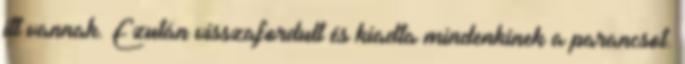
itt vannak. Ezután visszafordult és kiadta mindenkinek a parancsot.